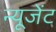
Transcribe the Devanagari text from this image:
न्यूजेंट